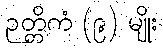
ဉတ္တိကံ (၉) မျိုး